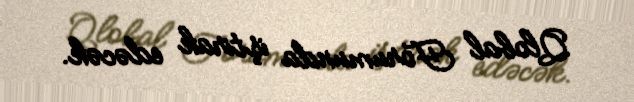
Qlobal Forumunda iştirak edəcək.